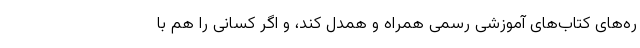
ره‌های کتاب‌های آموزشی رسمی همراه و همدل کند، و اگر کسانی را هم با